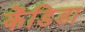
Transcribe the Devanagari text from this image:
केंडिडा